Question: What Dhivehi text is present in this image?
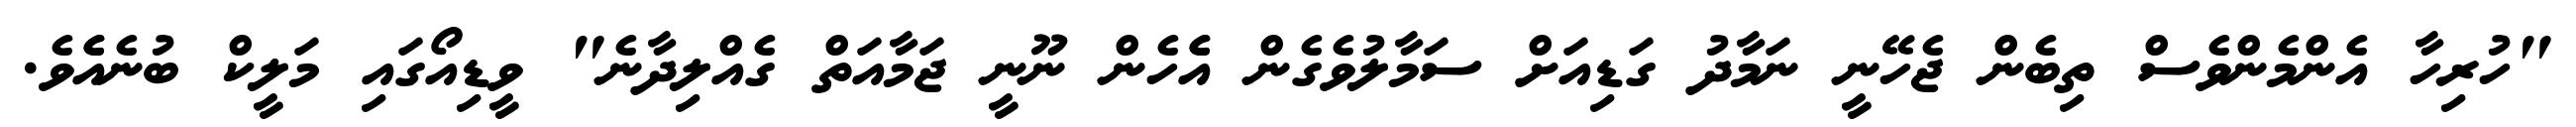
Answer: "ހުރިހާ އެންމެންވެސް ތިބެން ޖެހޭނީ ނަމާދު ގަޑިއަށް ސަމާލުވެގެން އެެހެން ނޫނީ ޖަމާއަތް ގެއްލިދާނެ" ވީޑިއޯގައި މަލީކް ބުނެއެެވެ.